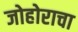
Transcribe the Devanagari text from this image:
जोहोराचा